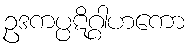
ဥဒကပ္ပဋိဂ္ဂါဟကော